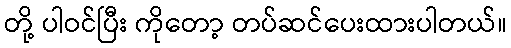
တို့ ပါဝင်ပြီး ကိုတော့ တပ်ဆင်ပေးထားပါတယ်။